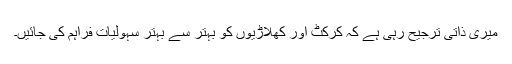
میری ذاتی ترجیح رہی ہے کہ کرکٹ اور کھلاڑیوں کو بہتر سے بہتر سہولیات فراہم کی جائیں۔